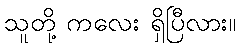
သူတို့ ကလေး ရှိပြီလား။